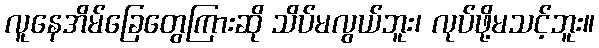
လူနေအိမ်ခြေတွေကြားဆို သိပ်မလွယ်ဘူး၊ လုပ်ဖို့မသင့်ဘူး။